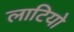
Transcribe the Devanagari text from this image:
लाटियो